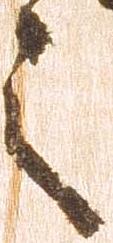
之